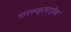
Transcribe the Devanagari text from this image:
चान्द्साहेब